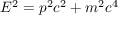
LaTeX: E ^ { 2 } = p ^ { 2 } c ^ { 2 } + m ^ { 2 } c ^ { 4 }